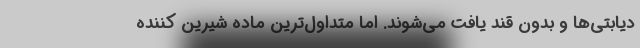
دیابتی‌ها و بدون قند یافت می‌شوند. اما متداول‌ترین ماده شیرین کننده